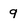
Character: 9